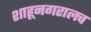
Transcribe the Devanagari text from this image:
शाहूनगरालच